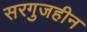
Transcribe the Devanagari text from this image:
सरगुजहीन